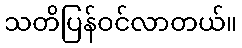
သတိပြန်ဝင်လာတယ်။